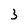
Character: 3